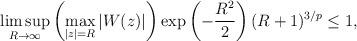
LaTeX: \begin{align*}\limsup_{R\to\infty}\left(\max_{|z|=R}|W(z)|\right)\exp\left(-\frac{R^2}{2}\right)(R+1)^{3/p}\le 1,\end{align*}